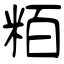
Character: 粨